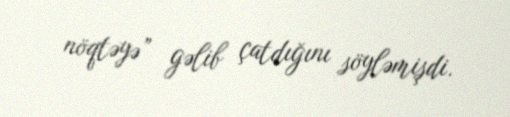
nöqtəyə” gəlib çatdığını söyləmişdi.